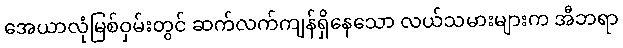
အေယာလုံမြစ်ဝှမ်းတွင် ဆက်လက်ကျန်ရှိနေသော လယ်သမားများက အီဘရာ